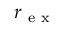
r _ { \mathrm { ~ e ~ x ~ } }